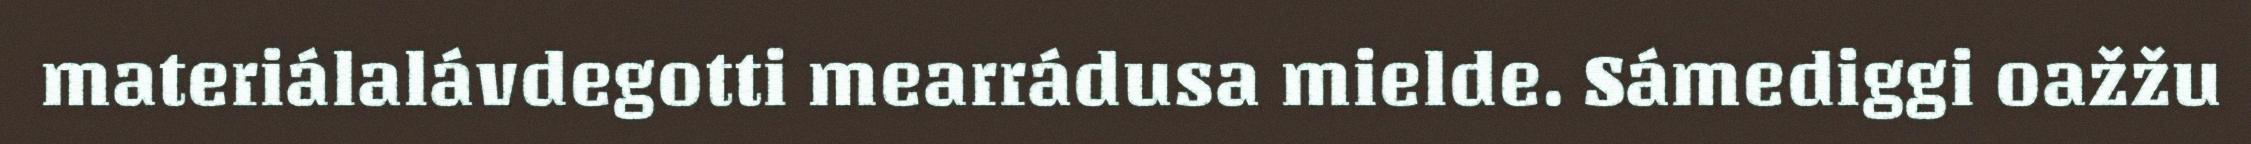
materiálalávdegotti mearrádusa mielde. Sámediggi oažžu